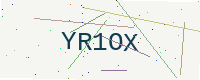
Text: YR1OX